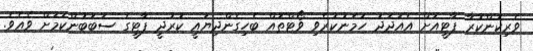
ވެރިކަންކުރާ ޕާޓީއަށް އެއަދަދު ހަމަނުކުރެވި ވޯޓްތައް ބެހިގެންދިޔައީ ކުރުދީ ޕާޓީގެ ސަބަބުންކަމަށް ވެއެވެ.